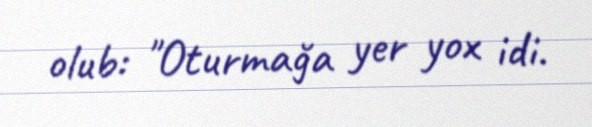
olub: "Oturmağa yer yox idi.